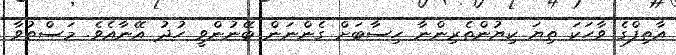
އާތިފްގެ ވާހަކަ ތިޔަ ކިޔުންތެރިންނާ ހިސާބަށް ގެންނަން ބޭނުންވީ ހުދު އޭނާއެވެ. މަސްތުވާ